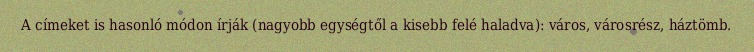
A címeket is hasonló módon írják (nagyobb egységtől a kisebb felé haladva): város, városrész, háztömb.